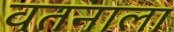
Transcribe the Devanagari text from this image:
वतनाला